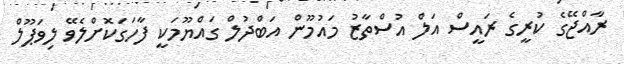
ރާއްޖޭގެ ކުރީގެ ރައީސް އަލް އުސްތާޒު މައުމޫން އަބްދުލް ގައްޔޫމަކީ ފާހަގަކޮށްލެވޭ ލިވަޕޫލް